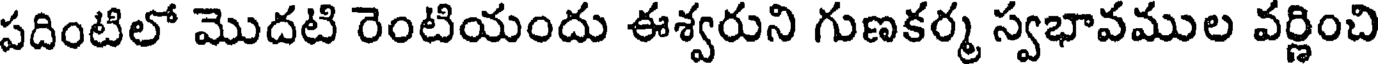
పదింటిలో మొదటి రెంటియందు ఈశ్వరుని గుణకర్మ స్వభావముల వర్ణించి